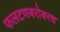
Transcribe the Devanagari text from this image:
फलटणबरोबरच